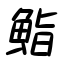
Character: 鮨